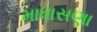
માધાસણા